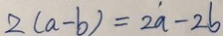
2 ( a - b ) = 2 a - 2 b